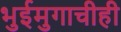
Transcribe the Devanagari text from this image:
भुईमुगाचीही